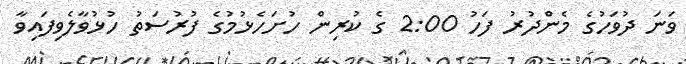
ވަނަ ދުވަހުގެ މެންދުރު ފަހު 2:00 ގެ ކުރިން ހުށަހެޅުމުގެ ފުރުސަތު ހުޅުވާލެވިފައިވާ